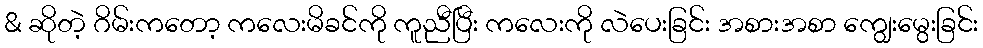
& ဆိုတဲ့ ဂိမ်းကတော့ ကလေးမိခင်ကို ကူညီပြီး ကလေးကို လဲပေးခြင်း အစားအစာ ကျွေးမွေးခြင်း